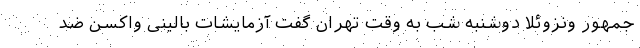
جمهور ونزوئلا دوشنبه شب به وقت تهران گفت آزمایشات بالینی واکسن ضد